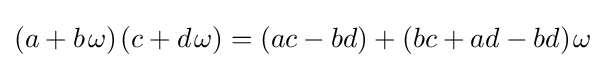
(a+b\;\!\omega )\;\!(c+d\;\!\omega )=(ac-bd)+(bc+ad-bd)\;\!\omega ~